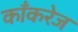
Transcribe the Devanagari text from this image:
काँकरेज